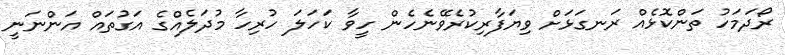
ރޯދަމަހު ތަންކޮޅެއް ރަނގަޅަށް ވިޔަފާރިކުރެވޭނެހެން ހީވާ ކަހަލަ ހުރިހާ މުދަލެއްގެ އަގުތައް އަންނަނީ